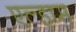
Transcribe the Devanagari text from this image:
एल्हाम